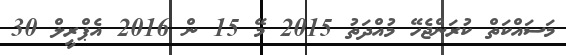
މަސައްކަތް ކުރަންޖެހޭ މުއްދަތު 2015 މޭ 15 ން 2016 އެޕްރީލް 30